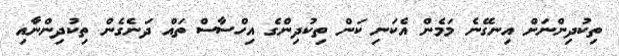
ތިކުދިންނަށް އިނގޭނެ މަމެން އެކަނި ކަން ތިކުދިންގެ އިހްސާސް ތައް ދަނެގެން ތިކުދިންނާއި